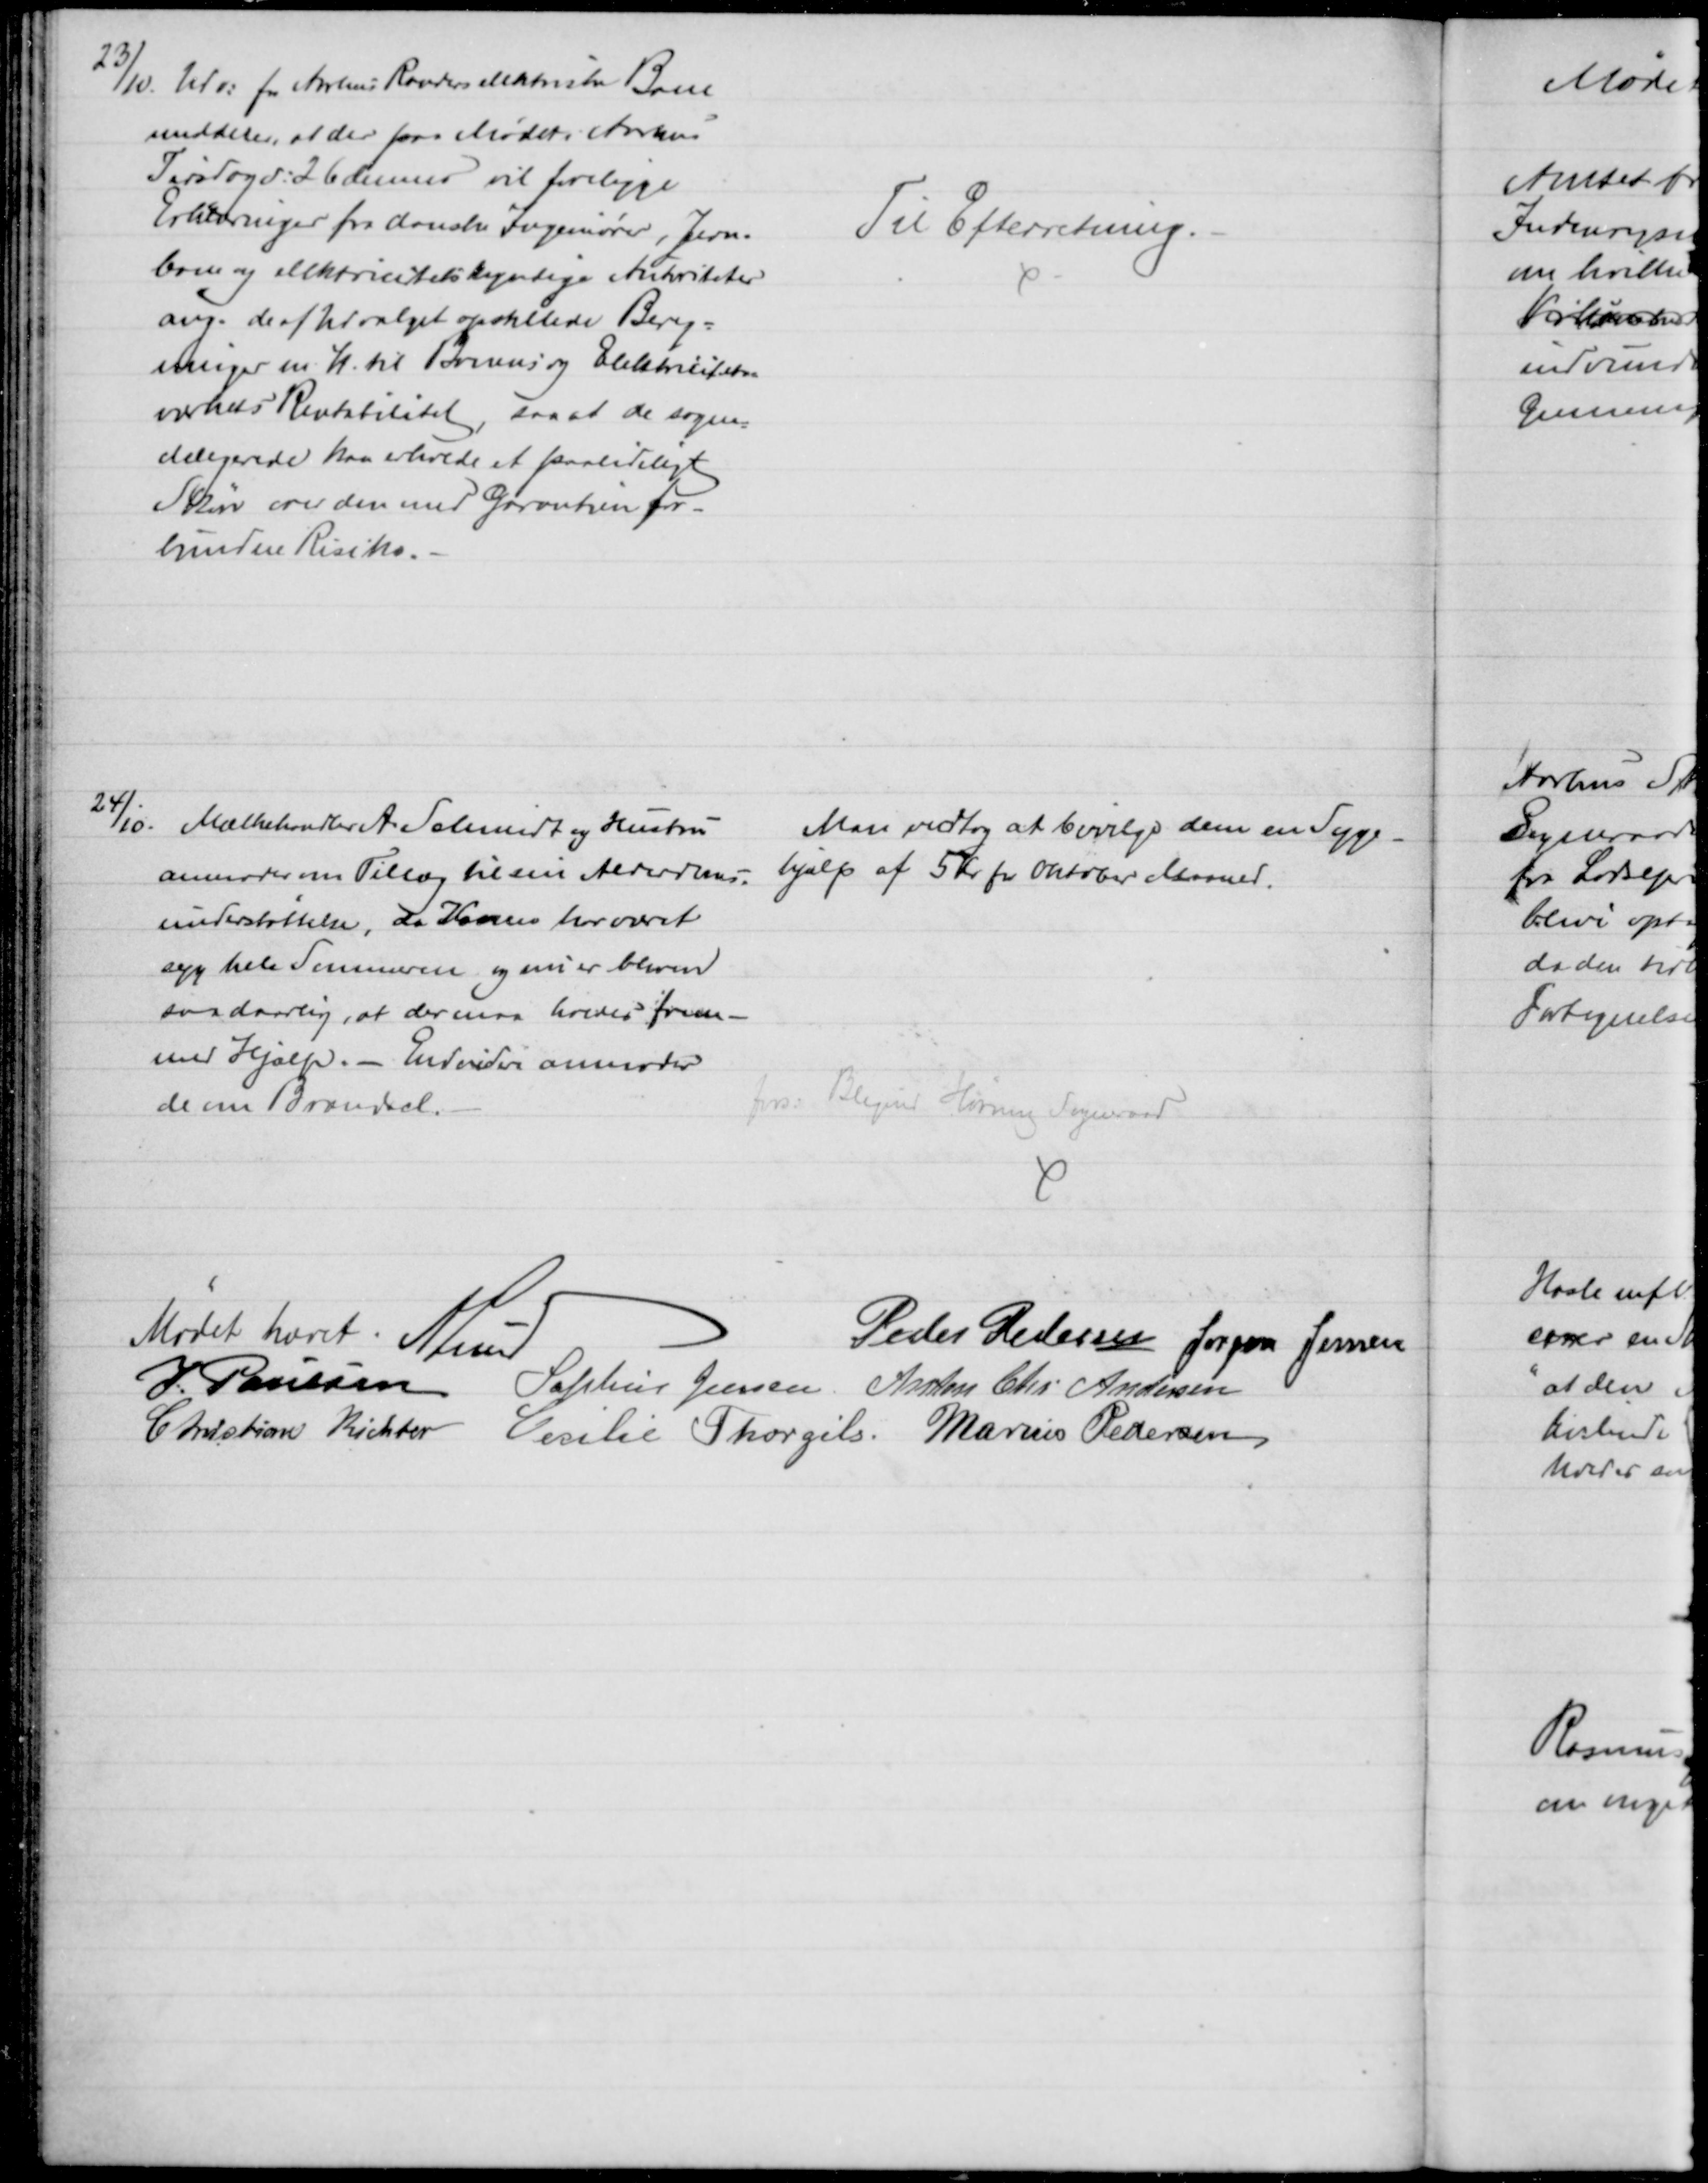
Transskription:
23/10. Udv: for Aarhus Randers elektriske Bane
meddeler, at der paa Mødet i Aarhus
Torsdag d: 26 dennes vil foreligge
Erklæringer fra danske Ingenører, Jern-
bane og elektricitetskyndige Autoriteter
ang. de af Udvalget opstillede Bereg-
ninger m. H. til Banens og Elektricitets-
værkets Rentabilitet, saa at de sogne-
delegerede kan erholde et paalideligt
Skøn over den med Garantien for-
bundne Risiko.
Til Efterretning.
24/10. Mælkehandler A. Schmidt og Hustru
anmoder om Tillæg til sin Alderdoms-
understøttelse, da Konen har været
syg hele Sommeren og nu er bleven
saa daarlig, at der maa holdes frem-
med Hjælp. - Endvidere anmoder
de om Brændsel.
Man vedtog at bevilge dem en Syge-
hjælp af 5 Kr pr. Oktober Maaned.
fors:
Blegind Hørning Sogneraad
Mødet hævet. A. Lund
Peder Pedersen Jørgen Jensen
J. Poulsen
Sophus Jensen Anton Chr Andersen
Christian Richter Cecilie Thorgils. Marius Pedersen